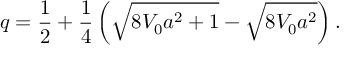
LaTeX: q = \frac { 1 } { 2 } + \frac { 1 } { 4 } \left( \sqrt { 8 V _ { 0 } a ^ { 2 } + 1 } - \sqrt { 8 V _ { 0 } a ^ { 2 } } \right) .